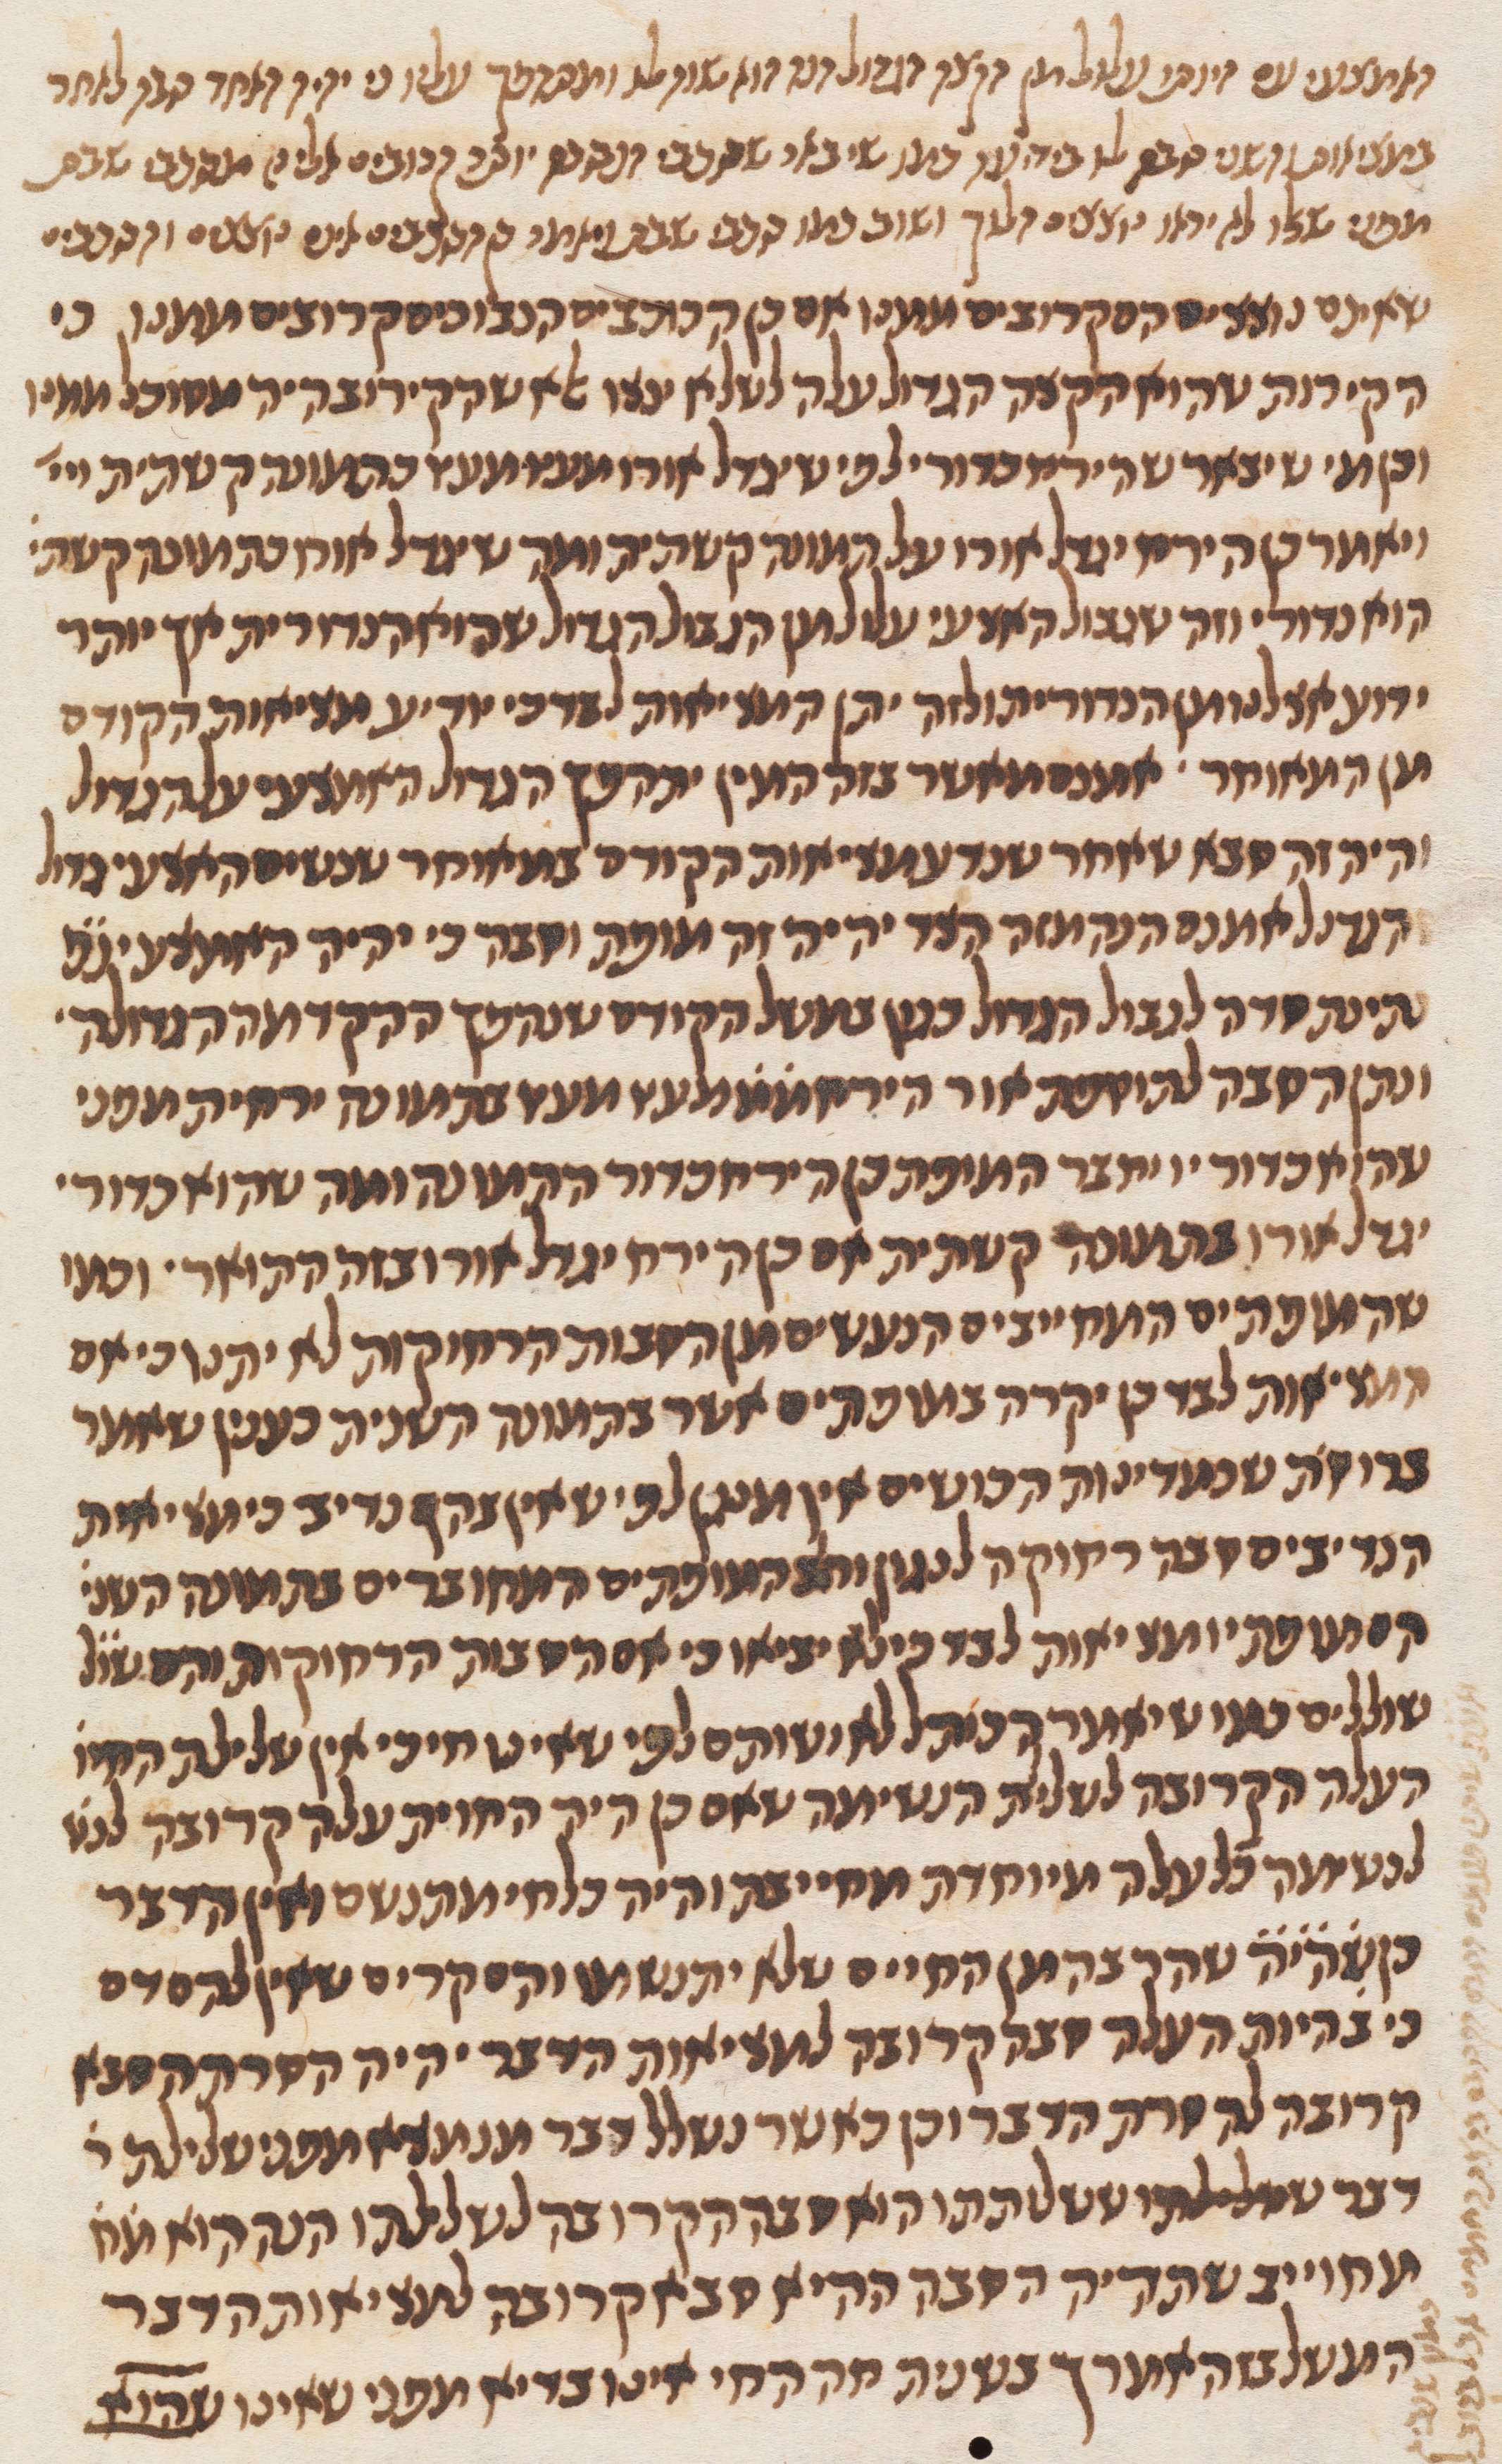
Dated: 1270–1330